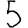
Digit: 5